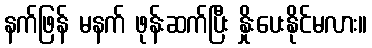
နက်ဖြန် မနက် ဖုန်းဆက်ပြီး နှိုးပေးနိုင်မလား။